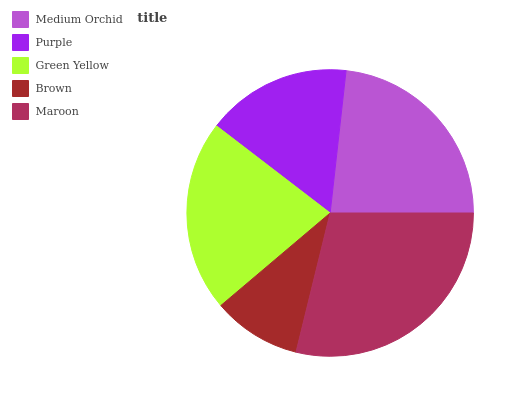
| Medium Orchid | Purple | Green Yellow | Brown | Maroon |
 | --- | --- | --- | --- | --- |
 | 23.2% | 16.4% | 21.6% | 9.99% | 28.8% |